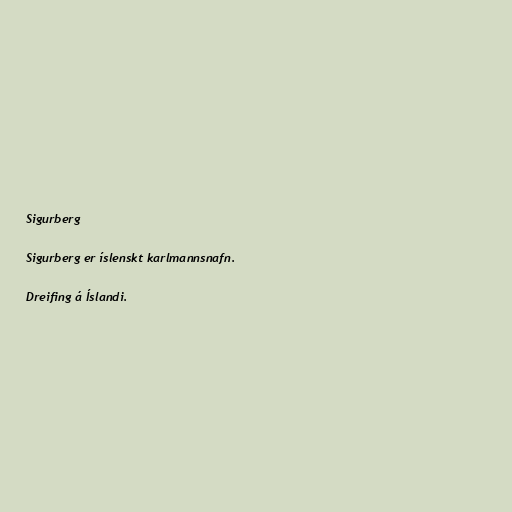
Sigurberg

Sigurberg er íslenskt karlmannsnafn.

Dreifing á Íslandi.